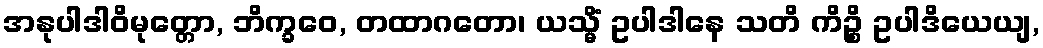
အနုပါဒါဝိမုတ္တော, ဘိက္ခဝေ, တထာဂတော၊ ယသ္မိံ ဥပါဒါနေ သတိ ကိဉ္စိ ဥပါဒိယေယျ,